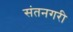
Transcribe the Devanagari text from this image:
संतनगरी